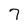
Character: 7